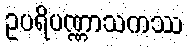
ဥပရိပဏ္ဏာသကဿ